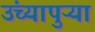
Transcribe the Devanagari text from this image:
उंच्यापुऱ्या